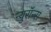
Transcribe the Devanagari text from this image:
न्युरॉन्स